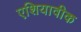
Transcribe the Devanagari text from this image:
एशियावीक